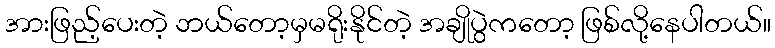
အားဖြည့်ပေးတဲ့ ဘယ်တော့မှမရိုးနိုင်တဲ့ အချိုပွဲကတော့ ဖြစ်လို့နေပါတယ်။